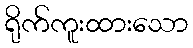
ရိုက်ကူးထားသော